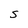
Character: S